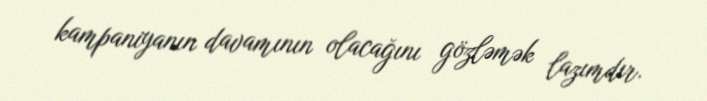
kampaniyanın davamının olacağını gözləmək lazımdır.